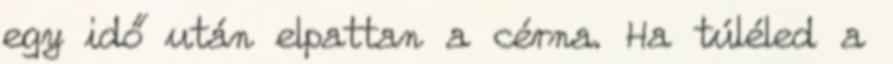
egy idő után elpattan a cérna. Ha túléled a